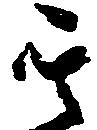
其